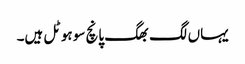
یہاں لگ بھگ پانچ سو ہوٹل ہیں۔